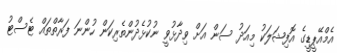
އެމްއޭޕީޑީގެ އޮފިޝަލަކު މިއަދު ސަން އަށް ވިދާޅުވީ ނުކުޅެދުންތެރިކަން ހުންނަ ފަރާތްތައް ޓެސްޓު